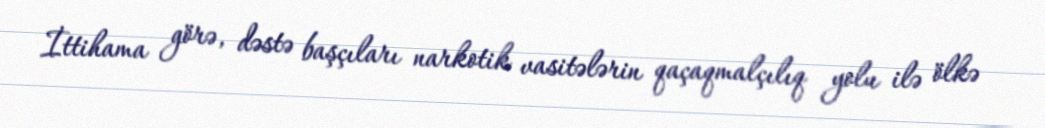
İttihama görə, dəstə başçıları narkotik vasitələrin qaçaqmalçılıq yolu ilə ölkə